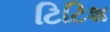
ટિટિશ